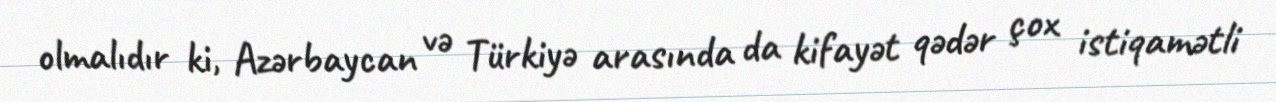
olmalıdır ki, Azərbaycan və Türkiyə arasında da kifayət qədər çox istiqamətli